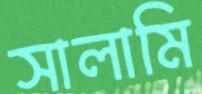
সালামি